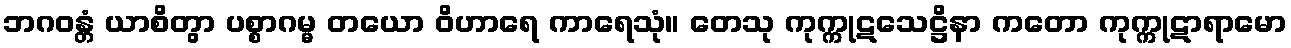
ဘဂဝန္တံ ယာစိတွာ ပစ္စာဂမ္မ တယော ဝိဟာရေ ကာရေသုံ။ တေသု ကုက္ကုဋသေဋ္ဌိနာ ကတော ကုက္ကုဋာရာမော